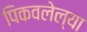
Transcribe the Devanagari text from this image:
पिकवलेल्या